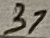
Text: 37